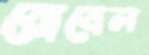
রোবেল